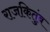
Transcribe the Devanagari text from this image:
राजकितुंब